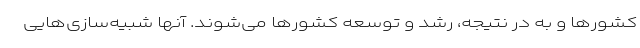
کشورها و به در نتیجه، رشد و توسعه کشورها می‌شوند. آنها شبیه‌سازی‌هایی